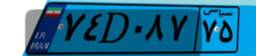
۲۳D۵۸۳۱۲